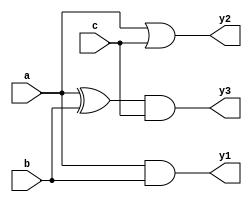
module combinational_logic (
    input wire a,
    input wire b,
    input wire c,
    output reg y1,
    output reg y2,
    output reg y3
);

// Always block for combinational logic
always @ (a, b, c) begin
    // Default values
    y1 = 1'b0;
    y2 = 1'b0;
    y3 = 1'b0;

    // Combinational logic assignments
    y1 = a & b;          // AND operation
    y2 = a | c;          // OR operation
    y3 = (a ^ b) & c;    // AND of XOR and c
end

endmodule